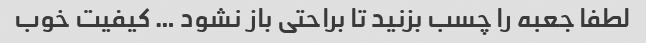
لطفا جعبه را چسب بزنید تا براحتی باز نشود … کیفیت خوب